Lock hospitals Punjab
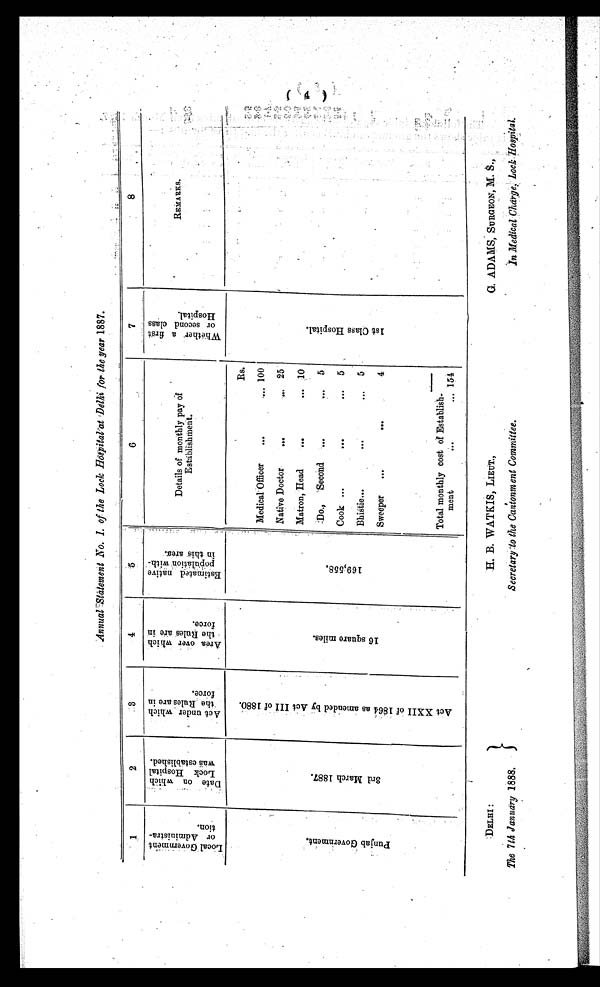
DELHI:
The 7th January 1888.
H. B. WATKIS, LIEUT.,
Secretary to the Cantonment Committee.
G. ADAMS, SURGEON, M. S.,
In Medical Charge Lock Hospital.
Annual Statement No. I. of the Lock Hospital at Delhi for the year 1887.
1
2
3
4
5
6
7
8
L o c a l G o v e r n m e n t o r A d m i n i s t r a t i o n .
D a t e o n w h i c h L o c k H o s p i t a l w a s e s t a b l i s h e d .
A c t u n d e r w h i c h t h e R u l e s a r e i n f o r c e .
A r e a o v e r w h i c h t h e R u l e s a r e i n f o r c e .
E s t i m a t e d n a t i v e p o p u l a t i o n w i t h i n t h i s a r e a .
Details of monthly pay of
Establishment.
W h e t h e r a f i r s t o r s e c o n d c l a s s H o s p i t a l .
REMARKS.
P u n j a b G o v e r n m e n t .
3 r d M a r c h 1 8 8 7 .
A c t X X I I o f 1 8 6 4 a s a m e n d e d b y A c t I I I o f 1 8 8 0 .
1 6 s q u a r e m i l e s
1 6 9 , 5 5 8 .
Rs.
1 s t C l a s s H o s p i t a l .
Medical Officer
...
. . . 100
Native Doctor
...
. . . 25
Matron, Head
...
. . . 10
Do., Second ...
. . . 5
Cook ...
...
...
5
Bhistie...
...
... 5
Sweeper ...
. . .
.. 4
Total monthly cost of Establish
ment
...
1 5 4
4